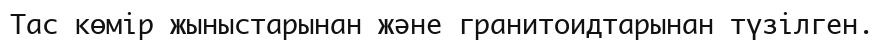
Тас көмір жыныстарынан және гранитоидтарынан түзілген.